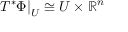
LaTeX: \left. T ^ { * } \Phi \right| _ { U } \cong U \times \mathbb { R } ^ { n }